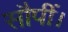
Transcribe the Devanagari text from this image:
सौपीं।